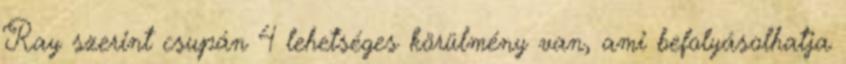
Ray szerint csupán 4 lehetséges körülmény van, ami befolyásolhatja